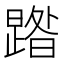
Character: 𭧹